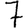
Digit: 7